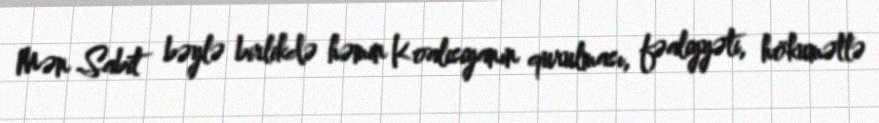
Mən Sabit bəylə birlikdə həmin Koalisiyanın qurulması, fəaliyyəti, hökumətlə